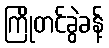
ကြိုတင်ခွဲခန့်